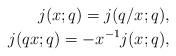
LaTeX: \begin{align*}j(x;q) = j(q/x;q),\\j(qx;q) = -x^{-1}j(x;q),\end{align*}